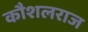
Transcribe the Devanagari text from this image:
कौशलराज